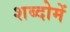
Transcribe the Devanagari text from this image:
शब्दोमें